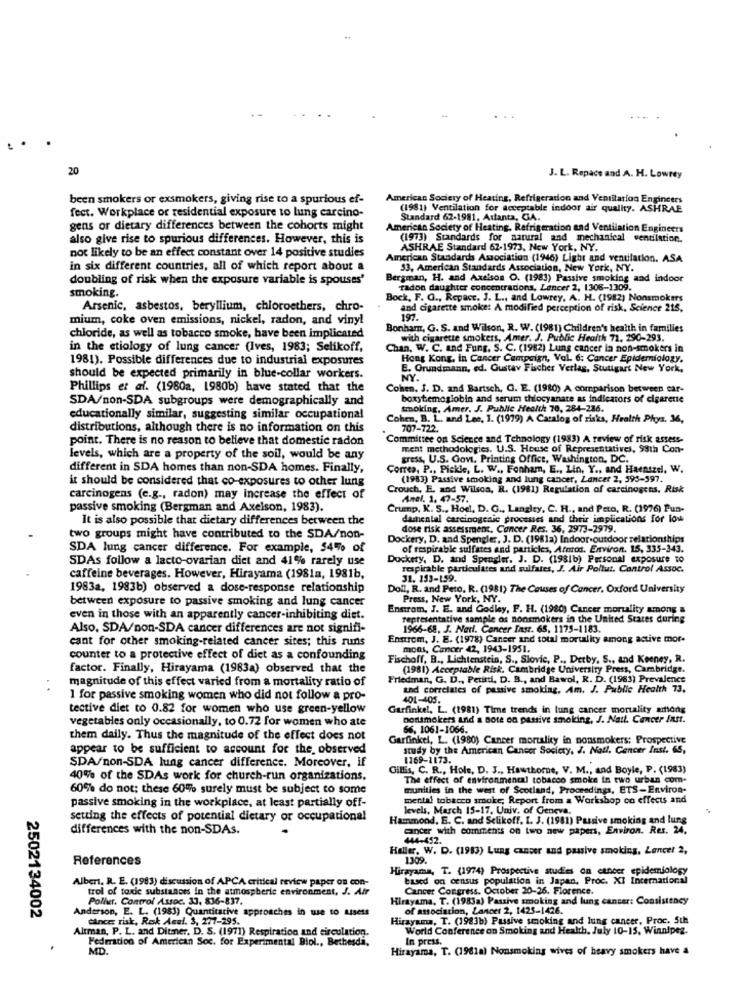
20
J. L. Repace and A. H. Lowrey
been smokers or exsmokers, giving rise to a spurious ef-
American Society of Heating, Refrigeration and Ventilation Engineers
(1981) Ventilation for acceptable indoor air quality. ASHRAE
fect. Workplace or residential exposure to lung carcino-
Standard 62-1981, Atlanta, GA.
gens or dietary differences between the cohorts might
American Society of Heating. Refrigeration and Ventilation Engineers
also give rise to spurious differences. However, this is
(1973) Standards for natural and mechanical ventilation.
not likely to be an effect constant over 14 positive studies
ASHRAE Standard 62-1973, New York, NY.
American Standards Association (1946) Light and ventilation. ASA
in six different countries, all of which report about a
33, American Standards Association, New York, NY.
doubling of risk when the exposure variable is spouses'
Bergman, H. and Axelson O. (1983) Passive smoking and indoor
smoking.
radon daughter concentradons, Lancer 2, 1308-1309.
Bock, F. G ., Repace, J. L ., and Lowrey, A. H. (1982) Nonsmokers
Arsenic, asbestos, beryllium, chloroethers, chro-
and cigarette smoke: A modified perception of risk. Science 215,
mium, coke oven emissions, nickel, radon, and viny!
197 .
Bonham, G. S. and Wilson, R. W. (1981) Children's health in families
chloride, as well as tobacco smoke, have been implicated
with cigarette smokers, Amer. J. Public Health 71, 290-293.
in the etiology of lung cancer (Ives, 1983; Selikoff,
Chan, W. C. and Fung, S. C. (1982) Lung cancer la non-smokers in
1981). Possible differences due to industrial exposures
Hong Kong, in Cancer Campaign, Vol. 6: Cancer Epidemiology.
E. Grundmann, ed. Gustav Fischer Verlas, Stuttgart New York,
should be expected primarily in blue-collar workers.
NY.
Phillips et al. (1980a, 1980b) have stated that the
Cohen, J. D. and Bartsch, G. E. (1980) A comparison between car-
SDA/non-SDA subgroups were demographically and
boxytemoglobin and serum thiocyanate as indicators of cigarette
tmoking, Amer. J. Public Health 70, 284-216.
educationally similar, suggesting similar occupational
Cohen, B. L. and Lee, 1. (1979) A Catalog of risks, Health Phys. 36,
distributions, although there is no information on this
707-722.
point. There is no reason to believe that domestic radon
Committee on Science and Tchnology (1983) A review of risk assess-
ment methodologies. U.S. House of Representatives, 99th Con-
levels, which are a property of the soil, would be any
gress, U.S. Govt, Printing Office, Washington, DC.
different in SDA homes than non-SDA homes. Finally,
Correa, P ., Pickle, L. W ., Fonham, E ., Lin, Y ., and Haentzel, W.
it should be considered that co-exposures to other lung
(1983) Passive smoking and lung cancer, Lancer 2, 595-597.
Crouch, E. and Wilson, R. (1981) Regulation of carcinogens, Risk
carcinogens (e.g ., radon) may increase the effect of
Anel, 1. 47-57.
passive smoking (Bergman and Axelson, 1983).
Crump, K. S ., Hod. D. G ., Langley, C. H ., and Pato, R. (1976) Pun-
It is also possible that dietary differences between the
dashental carcinogenic processes and their implications for low
dose risk assessment, Cancer Res. 36, 2973-2979.
two groups might have contributed to the SDA/non-
Dockery, D. and Spengler, J. D. (1981a) Indoor-outdoor relationships
SDA lung cancer difference. For example, 54% of
of respirable sulfates and particles, Afotos. Environ. 15, 335-343.
SDAs follow a lacto-ovarian diet and 41% rarely use
Dockery, D. and Spengler. J. D. (1981b) Personal exposure to
respirable particulates and sulfates, J. Air Pollut. Control Assoc.
caffeine beverages. However, Hirayama (1981m, 1981b,
31. 153-159.
1983a, 1983b) observed a dose-response relationship
Doll, R. and Peto. R. (1981) The Causes of Cancer. Oxford University
between exposure to passive smoking and lung cancer
Press, New York, NY.
Enstrom, J. E. and Godley, F. H. (1980) Cancer mortality among a
even in those with an apparently cancer-inhibiting diet.
representative sample os nonsmokers in the United States during
Also, SDA/non-SDA cancer differences are not signifi-
1966-68. J. Narl. Cancer Inst. 65, 1175-1183.
cant for other smoking-related cancer sites; this runs
Enstrom, J. E. (1978) Cancer and total mortality among active mor.
mons, Cancer 42, 1943-1951.
counter to a protective effect of diet as a confounding
Fischoff, B ., Lichtenstein, S ., Slovic, P ., Derby, S ., and Keeney, R.
factor. Finally, Hirayama (1983a) observed that the
(1981) Acceptable Risk. Cambridge University Press, Cambridge.
magnitude of this effect varied from a mortality ratio of
Friedman, G. D ., Petitti, D. B ., and Bawol, R. D. (1983) Prevalence
and correlates of passive smoking, Am. J. Public Health 73.
1 for passive smoking women who did not follow a pro-
401-405.
tective diet to 0.82 for women who use green-yellow
Garfinkel, L. (1981) Time trends in lung cancer mortality among
vegetables only occasionally, to 0.72 for women who ate
nonsmokers and a Bote oo passive smoking, J. Natt. Cancer Inst.
66, 1061-1066.
them daily. Thus the magnitude of the effect does not
Garfinkel, L. (1980) Cancer mortality in nonsmokers: Prospective
appear to be sufficient to account for the, observed
study by the American Cancer Society, J. Natl, Gencer Inst. 65,
SDA/non-SDA lung cancer difference. Moreover, if
1169-1173.
Gillis, C. R ., Hole, D. J ., Hawthorne, V. M ., and Boyle, P. (1983)
40% of the SDAs work for church-run organizations,
The effect of environmental tobacco smoke in two urban com-
60% do not: these 60% surely must be subject to some
munities in the west of Scotland, Proceedings, ETS-Environ-
passive smoking in the workplace, at least partially off-
mental tobacco smoke; Report from a Workshop co effects and
levels, March 15-17. Univ. of Geneva,
setting the effects of potential dietary or occupational
Hammond, E. C. and Selikoff. L. J. (1981) Passive smoking and lung
differences with the non-SDAs.
ancer with comments on two new papers, Environ. Res. 24,
444-452.
Haller. W. D. (1983) Lung cancer and passive smoking, Lancet 2,
References
1309.
Hirayama, T. (1974) Prospective studies on cancer epidemiology
Albert, R. E. (1983) discussion of APCA critical review paper on con-
based on census population in Japan, Proc. XI International
trol of toxic substances in the atmospheric environment, J. Air
Cancer Congress. October 20-26. Florence.
Polluer. Control Assoc. 33, 836-837.
Hirayama, T. (1983a) Passive smoking and lung cancer: Consistency
Anderson, E. L. (1983) Quantitative approaches in use to Lisets
of association, Lancer 2, 1425-1426.
2502134002
Cancer risk, Risk Auel. 3, 277-295.
Hirayama, T. (1983b) Passive smoking and lung cancer, Proc. 5th
Altman, P. L. and Ditmer. D. S. (1971) Respiration and circulation.
World Conference on Smoking and Health, July 10-15. Winnipeg.
Federation of American Soc. for Experimental Blol ., Bethesda,
In press.
.
MD.
Hirayama, T. (1961a) Nonsmoking wives of heavy smokers have a